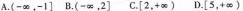
A.(- \infty，-1] B.(- \infty，2] C.[2，+ \infty) D.[5，+ \infty)